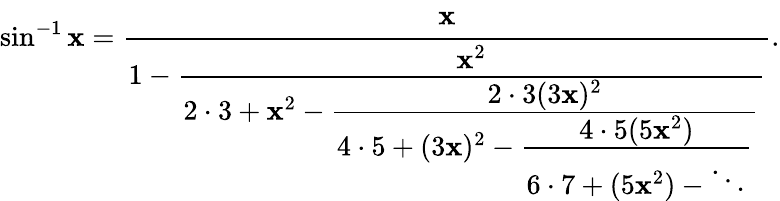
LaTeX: \sin^{-1}\mathbf{x}={\cfrac{\mathbf{x}}{1-{\cfrac{\mathbf{x}^{2}}{2\cdot3+\mathbf{x}^{2}-{\cfrac{2\cdot3(3\mathbf{x})^{2}}{4\cdot5+(3\mathbf{x})^{2}-{\cfrac{4\cdot5(5\mathbf{x}^{2})}{6\cdot7+(5\mathbf{x}^{2})-\ddots}}}}}}}}.